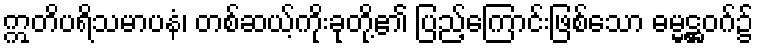
ဣတိပရိသမာပနံ၊ တစ်ဆယ့်ကိုးခုတို့၏ ပြည့်ကြောင်းဖြစ်သော ဓမ္မဋ္ဌဝဂ်၌